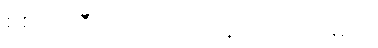
စစ်ကဲကြီး ဘယ်တော့ ရောက်လာမလဲ